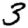
Digit: 3